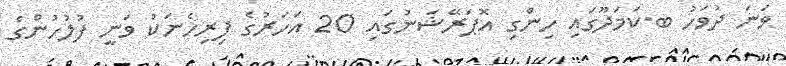
ވަނަ ދުވަހު ބ.ކަމަދޫގައި ހިންގި އޮޕަރޭޝަނުގައި 20 އަހަރުގެ ފިރިހެނަކު ވަނީ ފުލުހުންގެ